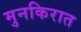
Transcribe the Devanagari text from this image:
मुनकिरात